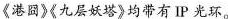
《港因》《九层妖塔》均带有IP光环